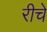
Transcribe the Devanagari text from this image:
रीचे